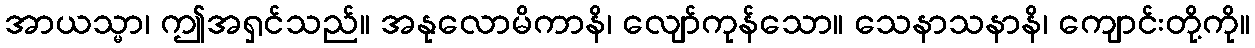
အာယသ္မာ၊ ဤအရှင်သည်။ အနုလောမိကာနိ၊ လျော်ကုန်သော။ သေနာသနာနိ၊ ကျောင်းတို့ကို။